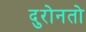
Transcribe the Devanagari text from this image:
दुरोनतो